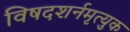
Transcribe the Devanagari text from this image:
विषदशर्नमृत्युक